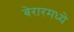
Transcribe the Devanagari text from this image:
बेरारमध्ये